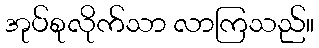
အုပ်စုလိုက်သာ လာကြသည်။